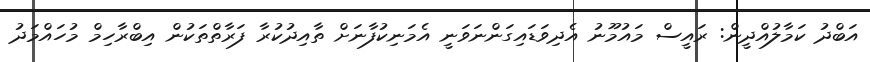
އަބްދު ކަމާލުއްދީން: ރައީސް މައުމޫނު އެދިވަޑައިގަންނަވަނީ އެމަނިކުފާނަށް ތާއިދުކުރާ ފަރާތްތަކުން އިބްރާހިމް މުހައްމަދު